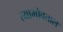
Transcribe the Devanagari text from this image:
त्याभोवताल